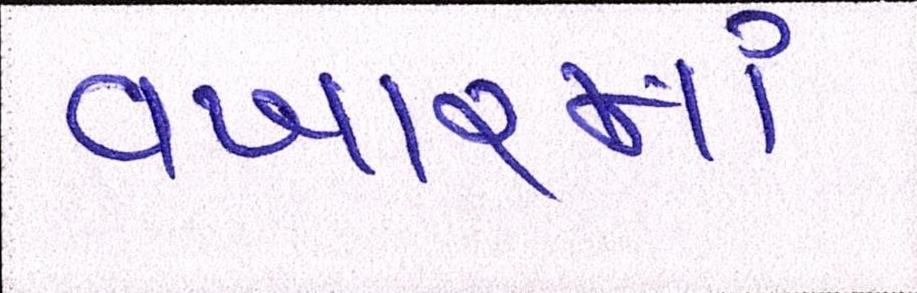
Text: વખારમાં